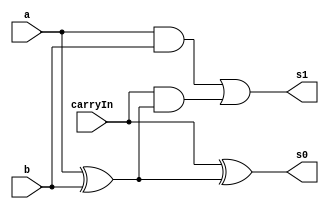
// -------------------------
// Exemplo0031  SOMADOR ALGEBRICO
// Nome: TIAGO MATTA MACHADO ZAIDAN
// -------------------------
// -------------------------
// full adder
// -------------------------
module fullAdder (output s0,output s1,
input a,
input b,
input carryIn);

wire temp1,temp2,temp3;

xor xor1 ( temp1,a,b );
and and1 ( temp2,a,b );
xor xor2 ( s0,carryIn,temp1 );
and and2 ( temp3,carryIn,temp1 );
or or1   ( s1, temp2, temp3 );


endmodule // fullAdder

// somadorAlgebrico
// -------------------------
module somadorAlgebrico (output s0, output s1,
input [0:2] x);


wire temp1,temp2;

xor xor1      ( temp1, x[2], x[1] );

fullAdder fa1 ( s0, temp2, temp1, x[0], x[2] );

xor xor2      ( s1, temp2, x[2] );





endmodule // somadorAlgebrico
module test_somadorAlgebrico;
// ------------------------- definir dados
reg  [0:2] x;
wire s0,s1;

somadorAlgebrico fa1 (s0,s1,x);

// ------------------------- parte principal
initial begin
$display("Exemplo0031 - TIAGO MATTA MACHADO ZAIDAN - 451620");
$display("Test ALUs somadorAlgebrico");

x = 3'b000;
// projetar testes do modulo
$display("xyc     s1  s0 ");
#1 $monitor("%3b     %b    %b",x,s1,s0);

#1 x = 3'b001;
#1 x = 3'b010;
#1 x = 3'b011;
#1 x = 3'b100;
#1 x = 3'b101;
#1 x = 3'b110;
#1 x = 3'b111;
end
endmodule // test_somadorAlgebrico